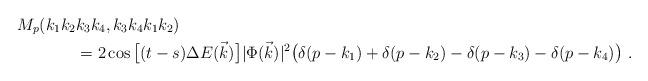
LaTeX: \begin{align*}M_p( k_1 k_2 & k_3 k_4 , k_3 k_4 k_1 k_2 )\\ & =2 \cos \big[ (t-s) \Delta E (\vec k) \big] | \Phi ( \vec k ) |^2 \big(\delta(p - k_1)+\delta(p - k_2)-\delta(p - k_3)- \delta(p - k_4)\big) \ . \end{align*}